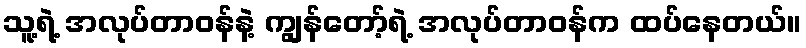
သူ့ရဲ့ အလုပ်တာဝန်နဲ့ ကျွန်တော့်ရဲ့ အလုပ်တာဝန်က ထပ်နေတယ်။